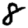
Digit: 8